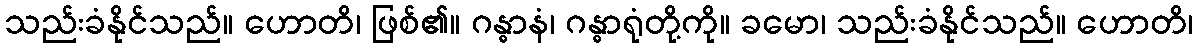
သည်းခံနိုင်သည်။ ဟောတိ၊ ဖြစ်၏။ ဂန္ဓာနံ၊ ဂန္ဓာရုံတို့ကို။ ခမော၊ သည်းခံနိုင်သည်။ ဟောတိ၊